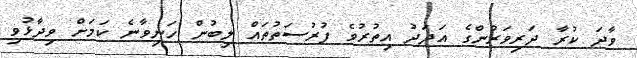
ވާދަ ކުރާ ދަރިވަރުންގެ އަދަދު އިތުރުވެ ފުރުސަތުތައް ލިބުން ހަނިވާނެ ކަމަށް ވިދާޅުވި